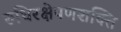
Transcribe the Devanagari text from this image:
रुधिरक्षेपणशक्ति